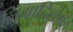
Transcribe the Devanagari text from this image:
लिंगादिसंग्रह